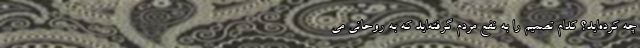
چه کرده‌اید؟ کدام تصمیم را به نفع مردم گرفته‌اید که به روحانی می‌